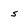
Character: 5